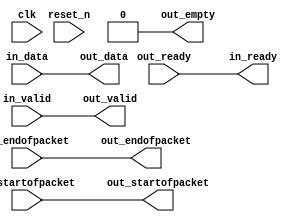
// --------------------------------------------------------------------------------
//| Avalon Streaming Data Format Adapter
// --------------------------------------------------------------------------------

`timescale 1ns / 100ps
module data_format_adapter_0 (
    
      // Interface: clk
      input              clk,
      // Interface: reset
      input              reset_n,
      // Interface: in
      output reg         in_ready,
      input              in_valid,
      input      [ 7: 0] in_data,
      input              in_startofpacket,
      input              in_endofpacket,
      // Interface: out
      input              out_ready,
      output reg         out_valid,
      output reg [ 7: 0] out_data,
      output reg         out_startofpacket,
      output reg         out_endofpacket,
      output reg         out_empty
);



   always @* begin
      in_ready = out_ready;
      out_valid = in_valid;
      out_data = in_data;
      out_startofpacket = in_startofpacket;
      out_endofpacket = in_endofpacket;

      out_empty = 0;

   end

endmodule